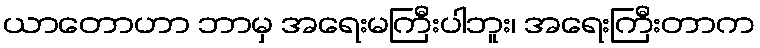
ယာတောဟာ ဘာမှ အရေးမကြီးပါဘူး၊ အရေးကြီးတာက